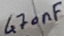
Text: 470nF